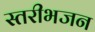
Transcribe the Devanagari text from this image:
स्तरीभजन